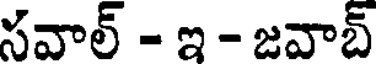
సవాల్ - ఇ - జవాబ్